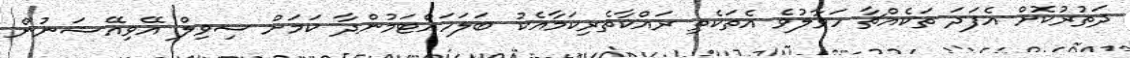
ދަތުރުކޮށް އެފަދަ ތަކެއްޗާ ހަވާލުވެ އެތަކެތި ރައްކާތެރިކަމާއެކު ބަލަހައްޓަމުންދާ ކަމަށް ސިވިލް އޭވިއޭޝަނުން